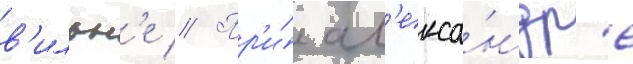
в'ильн'е // Пр'и́ ал'екса́ндр'е